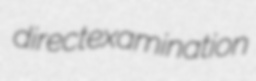
directexamination